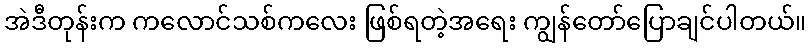
အဲဒီတုန်းက ကလောင်သစ်ကလေး ဖြစ်ရတဲ့အရေး ကျွန်တော်ပြောချင်ပါတယ်။